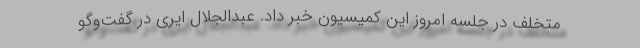
متخلف در جلسه امروز این کمیسیون خبر داد. عبدالجلال ایری در گفت‌وگو